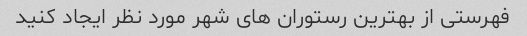
فهرستی از بهترین رستوران های شهر مورد نظر ایجاد کنید